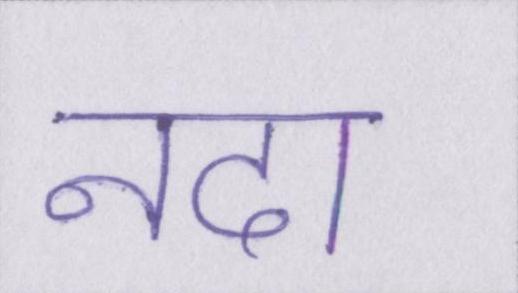
नदा